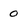
Character: 0